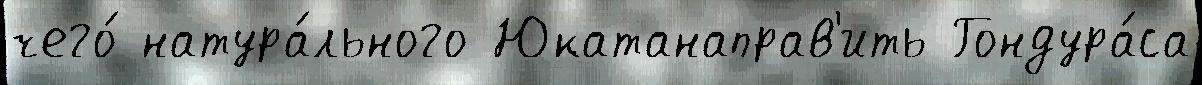
чего́ натура́льного Юкатанаправ'ить Гондура́са